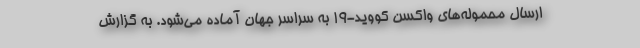
ارسال محموله‌های واکسن کووید-۱۹ به سراسر جهان آماده می‌شود. به گزارش